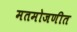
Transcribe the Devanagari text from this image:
मतमोजणीत